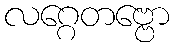
လဂ္ဂေတဗ္ဗော